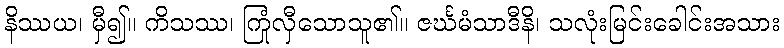
နိဿယ၊ မှီ၍။ ကိသဿ၊ ကြုံလှီသောသူ၏။ ဇင်္ဃမံသာဒီနိ၊ သလုံးမြင်းခေါင်းအသား